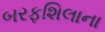
બરફશિલાના